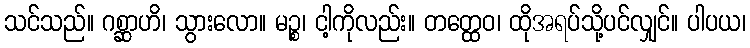
သင်သည်။ ဂစ္ဆာဟိ၊ သွားလော။ မဉ္စ၊ ငါ့ကိုလည်း။ တတ္ထေဝ၊ ထိုအရပ်သို့ပင်လျှင်။ ပါပယ၊